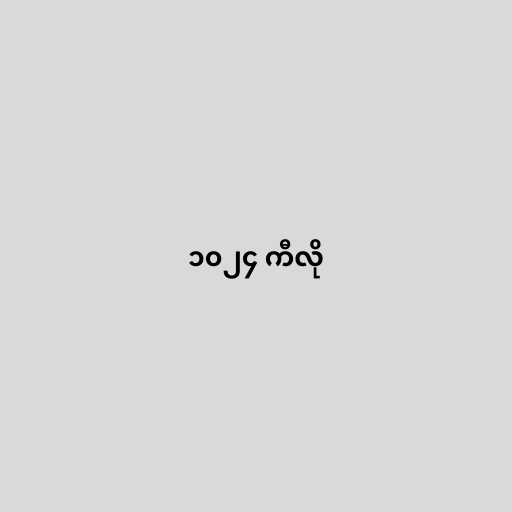
၁၀၂၄ ကီလို